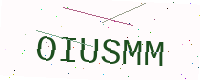
Text: OIUSMM